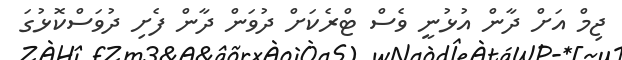
ޖިމް އަށް ދާން އުޅުނީ ވެސް ޓްރެކަށް ދުވަން ދާން ފެށި ދުވަސްކޮޅުގަ